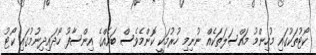
ކޯޓުތަކުގައި މުހިންމު މައްސަލަތަކެއް ނުނިމި ހުރުމަކީ ކޮންމެވެސް ބައެއްގެ އިންސާފު ހޯދައިދިނުމުގައި ކޯޓު